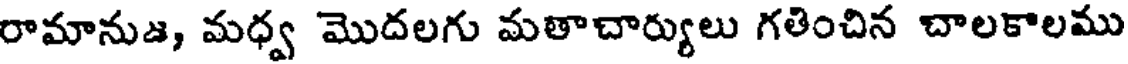
రామానుజ, మధ్వ మొదలగు మతాచార్యులు గతించిన చాలకాలము